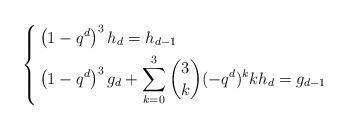
LaTeX: \begin{align*} \left\{ \begin{aligned} & \left(1-q^d\right)^3 h_{d} = h_{d-1} \\ & \left(1-q^d\right)^3 g_d + \sum_{k=0}^3 \binom{3}{k} (-q^d)^k k h_{d} = g_{d-1} \end{aligned} \right. \end{align*}